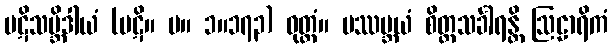
ပဋိသမ္ဘိဒါယံ (ပဋိ။ မ။ ၁။၁၇၃) ဝုတ္တံ။ ပဿမ္ဘယံ စိတ္တသင်္ခါရန္တိ ဩဠာရိကံ